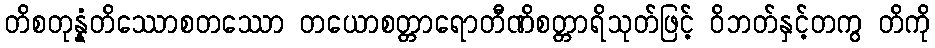
တိစတုန္နံတိဿောစတဿော တယောစတ္တာရောတီဏိစတ္တာရိသုတ်ဖြင့် ဝိဘတ်နှင့်တကွ တိကို